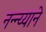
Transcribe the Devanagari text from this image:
नन्न्य्याने